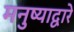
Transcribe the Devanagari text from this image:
मनुष्याद्वारे